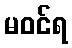
မဝင်ရ